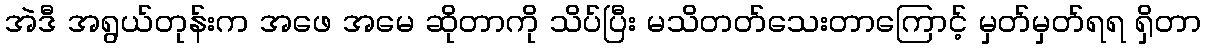
အဲဒီ အရွယ်တုန်းက အဖေ အမေ ဆိုတာကို သိပ်ပြီး မသိတတ်သေးတာကြောင့် မှတ်မှတ်ရရ ရှိတာ